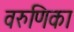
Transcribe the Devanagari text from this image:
वरुणिका